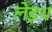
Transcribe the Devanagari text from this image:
लेइथ